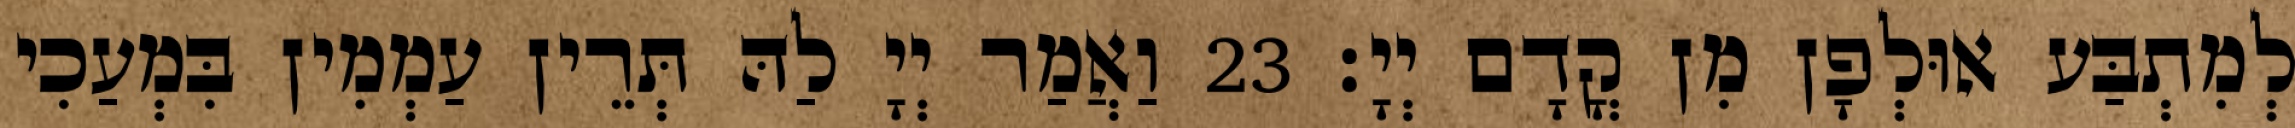
לְמִתְבַּע אוּלְפָן מִן קֳדָם יְיָ׃ 23 וַאֲמַר יְיָ לַהּ תְּרֵין עַמְמִין בִּמְעַכִי